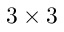
3 \times 3